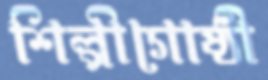
শিল্পীগোষ্ঠী